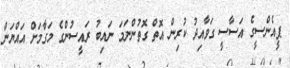
ޕީއެންސީގެ އަސާސީ ގަވާއިދު ކުރިން އޮތް ގޮތުންނަމަ ނައިބު ރައީސުންގެ މަގާމަށް އައްޔަން